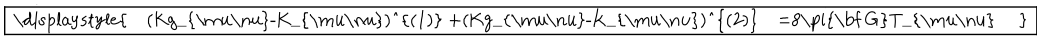
\fbox { \displaystyle { ( K g _ { \mu \nu } - K _ { \mu \nu } ) ^ { ( 1 ) } + ( K g _ { \mu \nu } - K _ { \mu \nu } ) ^ { ( 2 ) } = 8 \pi { \bf G } T _ { \mu \nu } } }